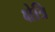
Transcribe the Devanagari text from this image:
क्षेत्रि